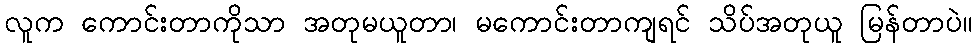
လူက ကောင်းတာကိုသာ အတုမယူတာ၊ မကောင်းတာကျရင် သိပ်အတုယူ မြန်တာပဲ။